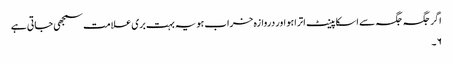
اگر جگہ جگہ سے اسکا پینٹ اترا ہو اور دروازہ خراب ہو یہ بہت بری علامت سمجھی جاتی ہے
۶۔